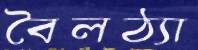
বৈলঠ্যা